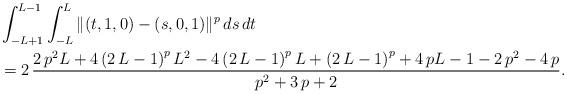
LaTeX: \begin{align*} &\int_{-L+1}^{L-1} \int_{-L}^L \Vert (t,1,0) - (s,0,1) \Vert^p \,ds\,dt \\ & = 2\,{\frac {2\,{p}^{2}L + 4 \left( 2\,L-1 \right)^{p}{L}^{2} - 4 \left( 2\,L-1 \right)^{p}L + \left( 2\,L-1 \right)^{p} + 4\,p L - 1 - 2\,{p}^{2} -4\,p} {{p}^{2}+3\,p+2}}. \end{align*}